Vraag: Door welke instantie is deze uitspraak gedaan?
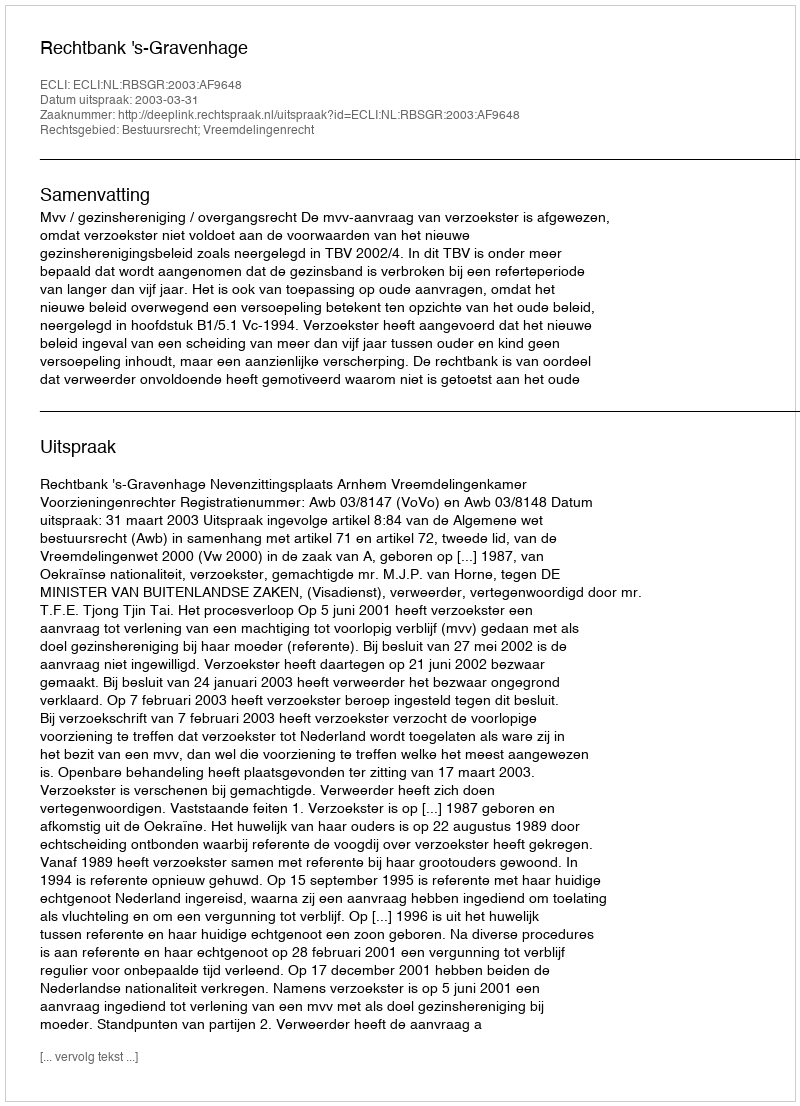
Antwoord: Rechtbank 's-Gravenhage